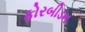
ફોરબીડન